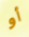
أو